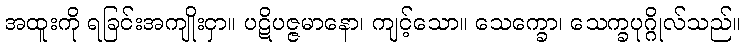
အထူးကို ရခြင်းအကျိုးငှာ။ ပဋိပဇ္ဇမာနော၊ ကျင့်သော။ သေက္ခော၊ သေက္ခပုဂ္ဂိုလ်သည်။